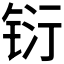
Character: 𮸇